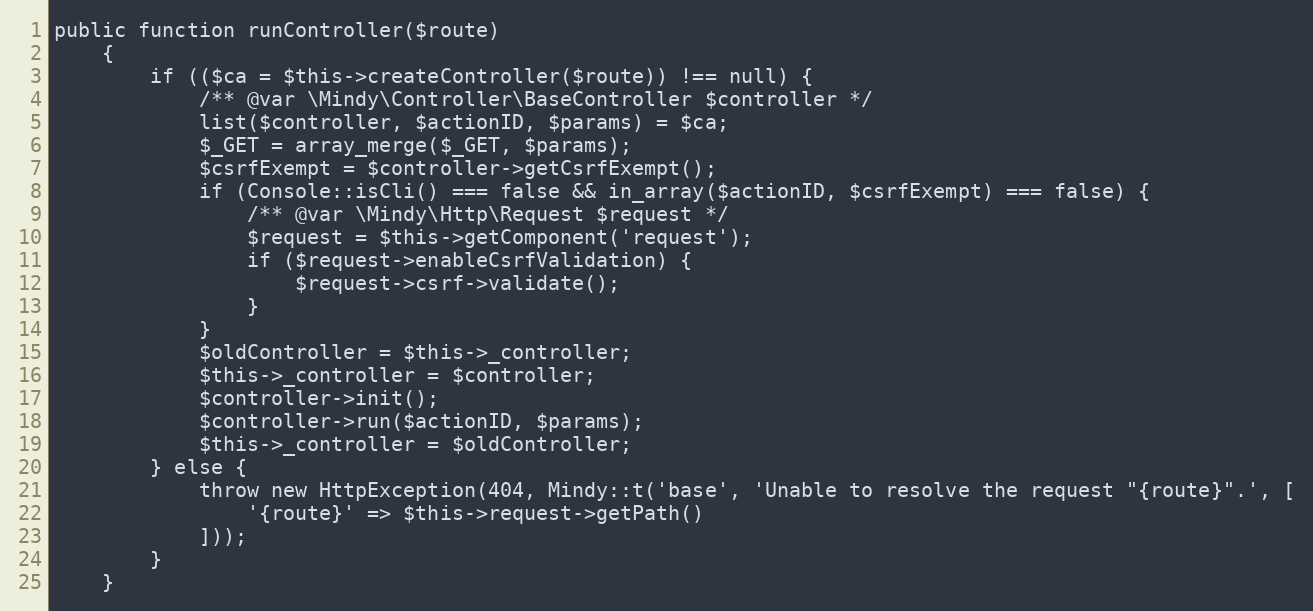
Language: PHP
public function runController($route)
    {
        if (($ca = $this->createController($route)) !== null) {
            /** @var \Mindy\Controller\BaseController $controller */
            list($controller, $actionID, $params) = $ca;
            $_GET = array_merge($_GET, $params);
            $csrfExempt = $controller->getCsrfExempt();
            if (Console::isCli() === false && in_array($actionID, $csrfExempt) === false) {
                /** @var \Mindy\Http\Request $request */
                $request = $this->getComponent('request');
                if ($request->enableCsrfValidation) {
                    $request->csrf->validate();
                }
            }
            $oldController = $this->_controller;
            $this->_controller = $controller;
            $controller->init();
            $controller->run($actionID, $params);
            $this->_controller = $oldController;
        } else {
            throw new HttpException(404, Mindy::t('base', 'Unable to resolve the request "{route}".', [
                '{route}' => $this->request->getPath()
            ]));
        }
    }